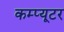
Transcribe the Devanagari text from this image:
कम्प्‍यूटर